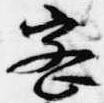
密